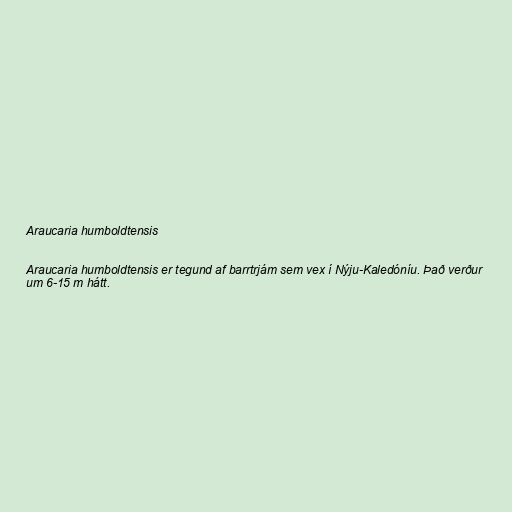
Araucaria humboldtensis

Araucaria humboldtensis er tegund af barrtrjám sem vex í Nýju-Kaledóníu. Það verður
um 6-15 m hátt.